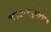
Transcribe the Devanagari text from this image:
जनअभिमुखीकरण